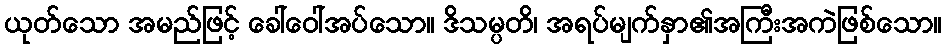
ယုတ်သော အမည်ဖြင့် ခေါ်ဝေါ်အပ်သော။ ဒိသမ္ပတိ၊ အရပ်မျက်နှာ၏အကြီးအကဲဖြစ်သော။